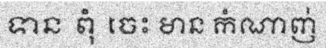
ទាន ពុំ ចេះ មាន កំណាញ់